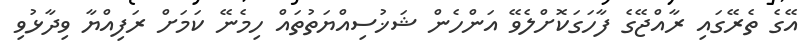
އޭގެ ތެރޭގައި ރާއްޖޭގެ ފާހަގަކޮށްލެވޭ އަންހެން ޝަޚުސިއްޔަތުތައް ހިމެނޭ ކަމަށް ރަފިއްޔާ ވިދާޅުވި